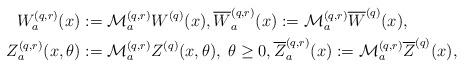
LaTeX: \begin{align*}W^{(q,r)}_a(x) &:= \mathcal{M}^{(q,r)}_a W^{(q)}(x), \overline{W}^{(q,r)}_a(x) := \mathcal{M}^{(q,r)}_a \overline{W}^{(q)}(x), \\ Z^{(q,r)}_a(x, \theta ) &:= \mathcal{M}^{(q,r)}_a Z^{(q)}(x, \theta ), \; \theta \geq 0, \overline{Z}^{(q,r)}_a(x) := \mathcal{M}^{(q,r)}_a \overline{Z}^{(q)}(x),\end{align*}